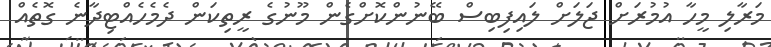
މަރާލި މީހާ އުމުރަށް ޖަލަށް ލައިފިބިސް ބޭނުންކޮށްގެން މޫނުގެ ރީތިކަން ދެމެހެއްޓިދާނެ ގޮތެއް